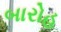
બારોહ